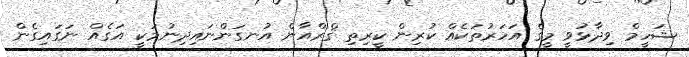
ޝަހީމް ވިދާޅުވީ މީގެ އަހަރުތަކެއް ކުރިން ކީރިތި ޤްރްއާން އުނގަންނައިދިނުމަކީ އަގެއް ނަގައިގެން